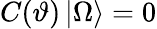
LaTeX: C(\vartheta)\left|\Omega\right\rangle=0